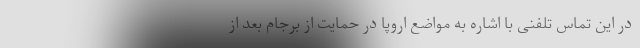
در این تماس تلفنی با اشاره به مواضع اروپا در حمایت از برجام بعد از